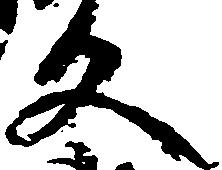
文